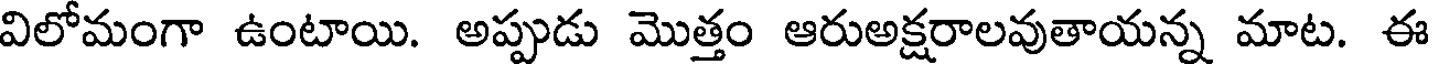
విలోమంగా ఉంటాయి. అప్పుడు మొత్తం ఆరుఅక్షరాలవుతాయన్న మాట. ఈ